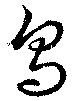
鳥